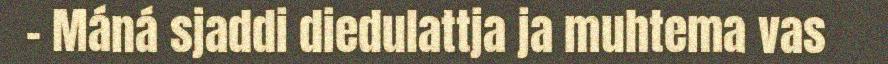
– Máná sjaddi diedulattja ja muhtema vas